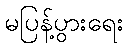
မပြန့်ပွားရေး